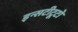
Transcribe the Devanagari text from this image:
इन्सटीटूटो